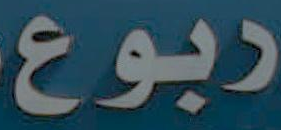
ربوع